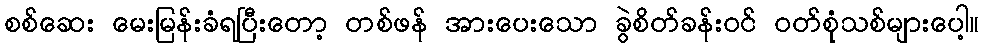
စစ်ဆေး မေးမြန်းခံရပြီးတော့ တစ်ဖန် အားပေးသော ခွဲစိတ်ခန်းဝင် ဝတ်စုံသစ်များပေါ့။